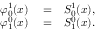
\begin{array} { r l r } { \varphi _ { 0 } ^ { 1 } ( x ) } & { { } = } & { S _ { 0 } ^ { 1 } ( x ) , } \\ { \varphi _ { 1 } ^ { 0 } ( x ) } & { { } = } & { S _ { 1 } ^ { 0 } ( x ) . } \end{array}